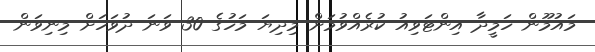
މައުމޫން ހަމީދާ އިންޓަވިއު ކުރެއްވުމަށް މިދިޔަ މަހުގެ 30 ވަނަ ދުވަހަށް މިނިވަން